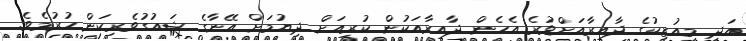
އަދި މިއުޒިކުގެ ދާއިރާއަށްވުރެ އެހެން ދާއިރާއަކުން ކުރިއަށް ދިޔުމަށް އޭނާގެ ޝައުގުވެރިކަން ހުރުމެވެ.